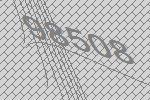
98508